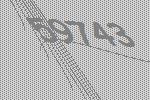
59743